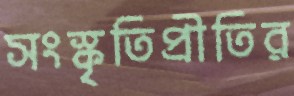
সংস্কৃতিপ্রীতির